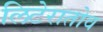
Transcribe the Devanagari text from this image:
लिटेरातोव